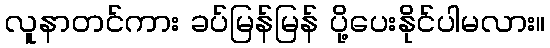
လူနာတင်ကား ခပ်မြန်မြန် ပို့ပေးနိုင်ပါမလား။